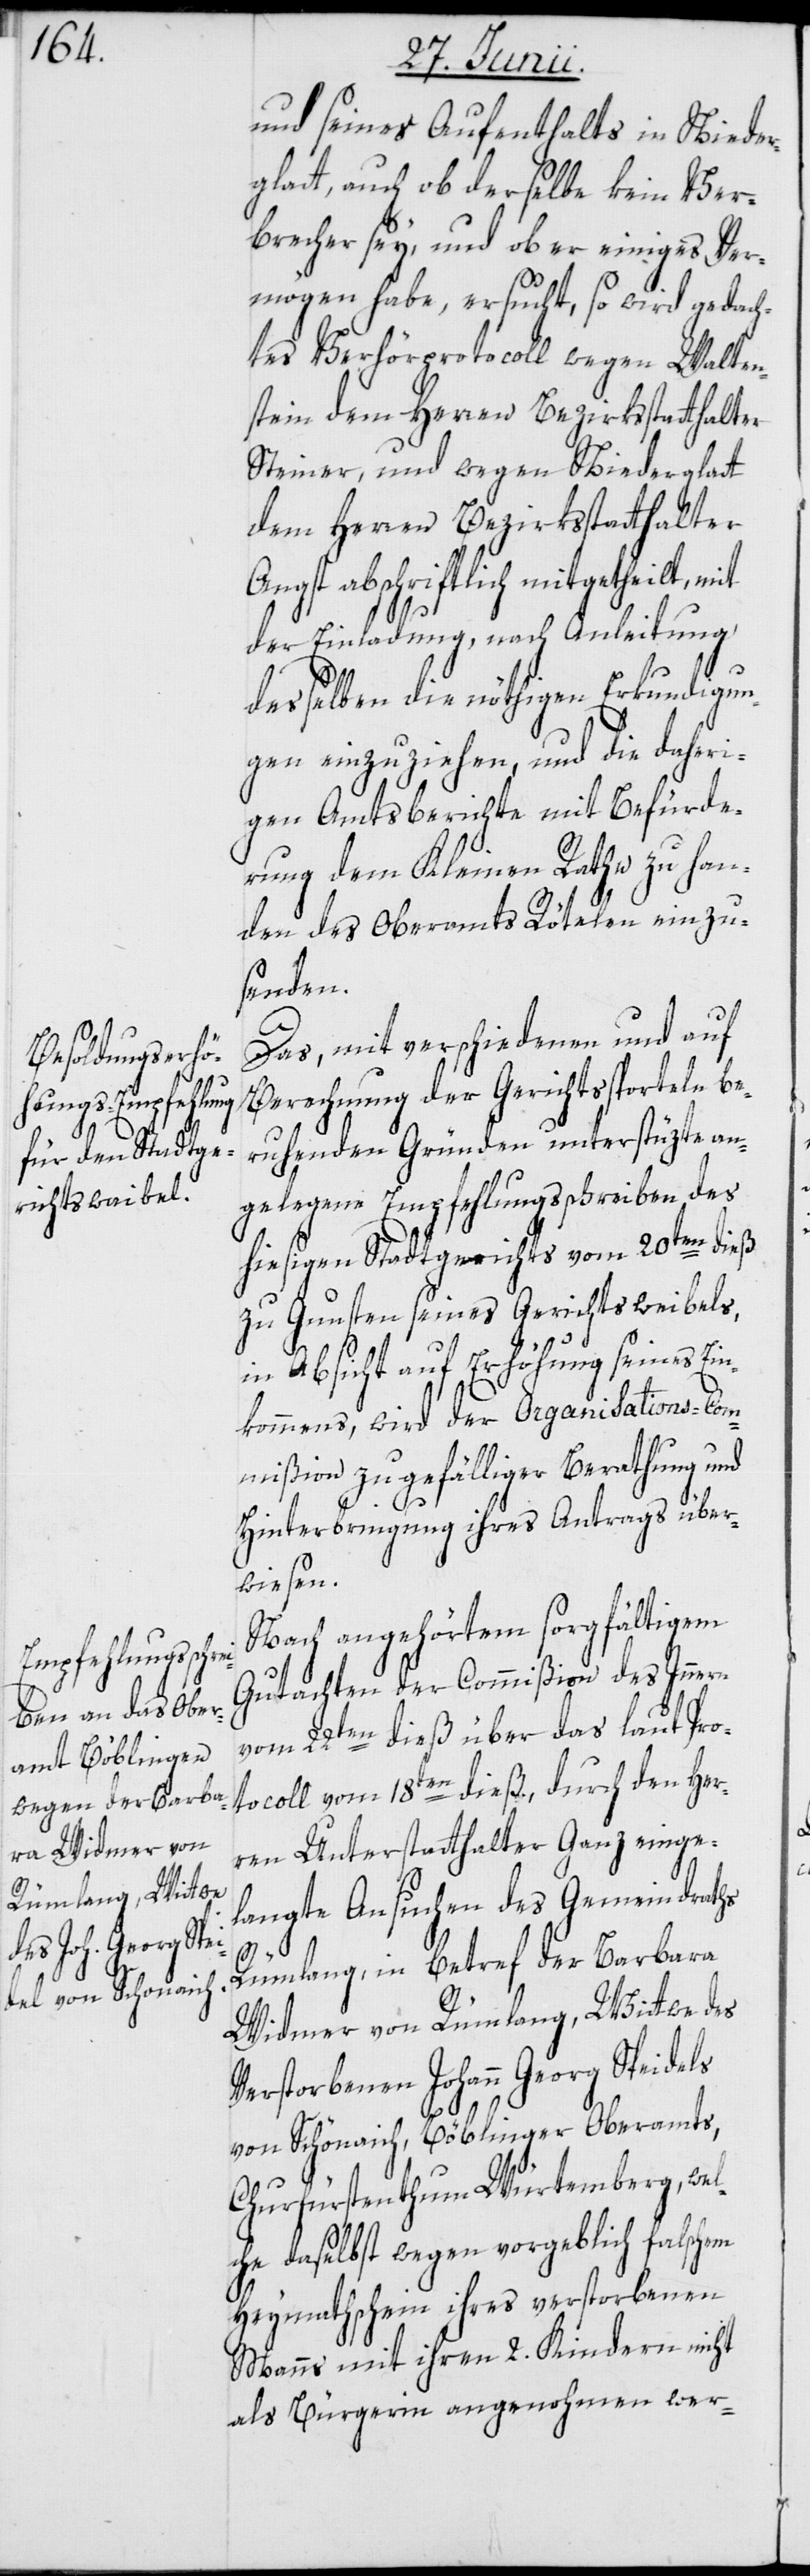
und seines Aufenthalts in Nieder¬
glatt, auch ob derselbe kein Ver¬
brecher sey, und ob er einiges Ver¬
mögen habe, ersucht, so wird gedach¬
tes Verhörprotocoll wegen Walten¬
stein dem Herren Bezirksstatthalter
Steiner, und wegen Niederglatt
dem Herren Bezirksstatthalter
Angst abschriftlich mitgetheilt, mit
der Einladung, nach Anleitung
desselben die nöthigen Erkundigun¬
gen einzuziehen, und die daheri¬
gen Amtsberichte mit Befürde¬
rung dem Kleinen Rathe zu han¬
den des Oberamts Rötelen einzu¬
senden.
Das, mit verschiedenen und auf
Berechnung der Gerichtssporteln be¬
ruhenden Gründen unterstüzte an¬
gelegene Empfehlungsschreiben des
hiesigen Stadtgerichts vom 20ten dieß
zu Gunsten seines Gerichtsweibels,
in Absicht auf Erhöhung seines Ein¬
kommens, wird der Organisations-Com¬
mißion zu gefälliger Berathung und
Hinterbringung ihres Antrags über¬
wiesen.
Nach angehörtem sorgfältigem
Gutachten der Commißion des Innern
vom 22ten dieß über das laut Pro¬
tocoll vom 18ten dieß, durch den Her¬
ren Unterstatthalter Ganz einge¬
langte Ansuchen des Gemeindraths
Rümlang, in betref der Barbara
Widmer von Rümlang, Wittwe des
Verstorbenen Johann Georg Speidels
von Schönaich, Böblinger Oberamts,
Churfürstenthum Würtemberg, wel¬
che daselbst wegen vorgeblich falschem
Heymathschein ihres verstorbenen
Manns mit ihren 2. Kindern nicht
als Bürgerin angenohmen wer-